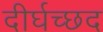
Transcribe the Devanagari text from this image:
दीर्घच्छद